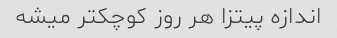
اندازه پیتزا هر روز کوچکتر میشه